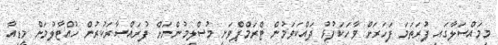
މިމައްސަލާގައި ފުރަތަމަ ފަހަރަށް ވާހަކަފުޅު ދައްކަވަމުން ޓްރަމްޕްވަނީ މުސްލިމުންނަށް ފުރައްސާރަކުރުން ހުއްޓާލުމަށް މީޑިއާ